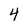
Character: 4